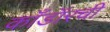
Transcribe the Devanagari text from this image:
काँडॉरची